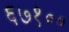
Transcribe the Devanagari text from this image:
६७१००